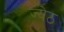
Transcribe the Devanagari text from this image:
ज्येठ